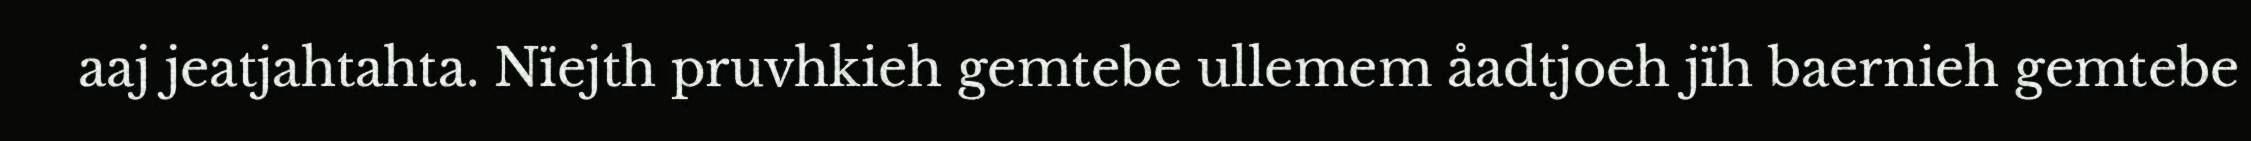
aaj jeatjahtahta. Nïejth pruvhkieh gemtebe ullemem åadtjoeh jïh baernieh gemtebe